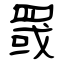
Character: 罭